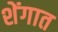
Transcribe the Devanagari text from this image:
शेंगात